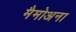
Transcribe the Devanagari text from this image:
मैमोअना